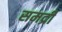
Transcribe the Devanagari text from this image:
समद्री